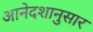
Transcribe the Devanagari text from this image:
आनेदशानुसार